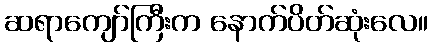
ဆရာကျော်ကြီးက နောက်ပိတ်ဆုံးလေ။